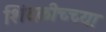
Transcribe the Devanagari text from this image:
शिंदळीच्च्या